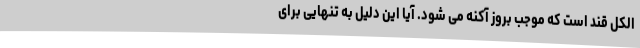
الکل قند است که موجب بروز آکنه می شود. آیا این دلیل به تنهایی برای